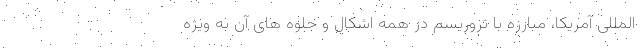
المللی آمریکا، مبارزه با تروریسم در همه اشکال و جلوه های آن به ویژه